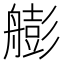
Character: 𦪟